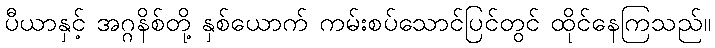
ပီယာနှင့် အဂ္ဂနိစ်တို့ နှစ်ယောက် ကမ်းစပ်သောင်ပြင်တွင် ထိုင်နေကြသည်။